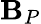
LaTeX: \boldsymbol{\mathbf{B}}_{P}